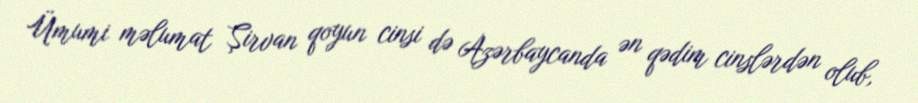
Ümumi məlumat Şirvan qoyun cinsi də Azərbaycanda ən qədim cinslərdən olub,